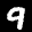
Label: 9